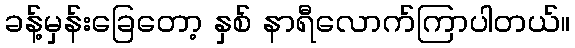
ခန့်မှန်းခြေတော့ နှစ် နာရီလောက်ကြာပါတယ်။